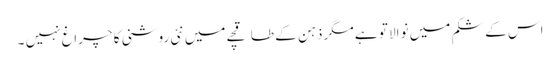
اس کے شکم میں نوالا تو ہے مگر ذہن کے طاقچے میں نئی روشنی کا چراغ نہیں ۔